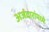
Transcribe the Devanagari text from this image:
अर्जदारांमध्ये